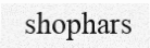
shophars